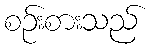
စဉ်းစားသည်